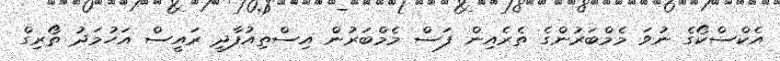
އެކްސްކޯގެ ނުވަ މެމްބަރުންގެ ތެރެއިން ފަސް މެމްބަރުން އިސްތިއުފާދީ ރައީސް އަހުމަދު ތޯރިގް